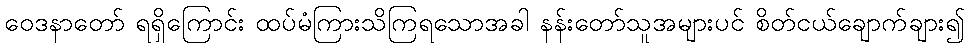
ဝေဒနာတော် ရရှိကြောင်း ထပ်မံကြားသိကြရသောအခါ နန်းတော်သူအများပင် စိတ်ငယ်ချောက်ချား၍